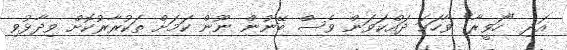
އަދި "ހަވީރާ" ވާހަކަ ދައްކަވަން ވެސް ބޭނުން ނޫން ކަމަށް ތަކުރާރުކޮށް ވިދާޅުވި